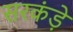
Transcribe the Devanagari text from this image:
सरकंड़े